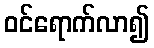
ဝင်ရောက်လာ၍